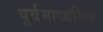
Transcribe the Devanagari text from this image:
पूर्वमाध्यमिक